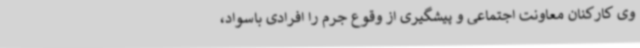
وی کارکنان معاونت اجتماعی و پیشگیری از وقوع جرم را افرادی باسواد،